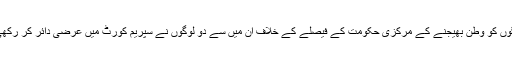
ان لوگوں کو وطن بھیجنے کے مرکزی حکومت کے فیصلے کے خلاف ان میں سے دو لوگوں نے سپریم کورٹ میں عرضی دائر کر رکھی ہے۔